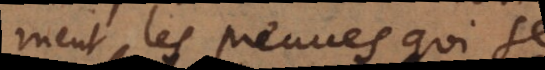
ment les preuves qui se